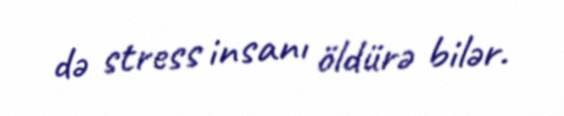
də stress insanı öldürə bilər.